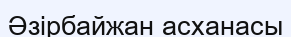
Әзірбайжан асханасы